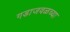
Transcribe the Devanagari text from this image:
गडाजवळच्या